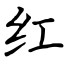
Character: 红